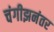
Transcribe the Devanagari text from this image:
चंगीझनंतर